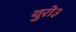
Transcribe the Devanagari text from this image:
युरो३